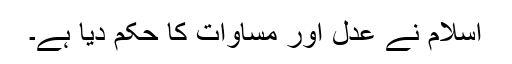
اسلام نے عدل اور مساوات کا حکم دیا ہے۔